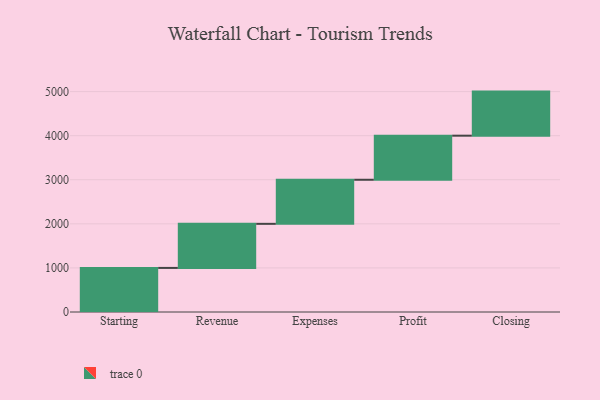
{"axis": {"x": "Step", "y": "Value"}, "legend": [""], "data": [{"x": "Starting", "y": 1000, "type": ""}, {"x": "Revenue", "y": 1000, "type": ""}, {"x": "Expenses", "y": 1000, "type": ""}, {"x": "Profit", "y": 1000, "type": ""}, {"x": "Closing", "y": 1000, "type": ""}]}